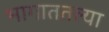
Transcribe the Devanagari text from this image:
भागाततल्या